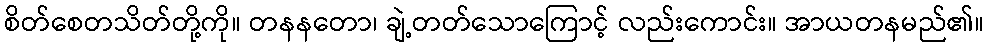
စိတ်စေတသိတ်တို့ကို။ တနနတော၊ ချဲ့တတ်သောကြောင့် လည်းကောင်း။ အာယတနမည်၏။